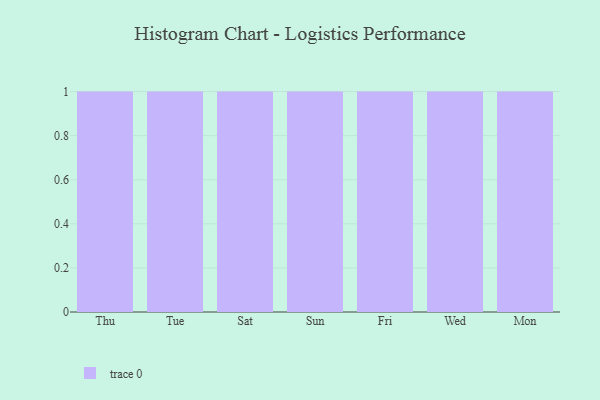
{"axis": {"x": "Day", "y": "Energy Usage (MWh)"}, "legend": [""], "data": [{"x": "Thu", "y": 69, "type": ""}, {"x": "Tue", "y": 59, "type": ""}, {"x": "Sat", "y": 63, "type": ""}, {"x": "Sun", "y": 40, "type": ""}, {"x": "Fri", "y": 50, "type": ""}, {"x": "Wed", "y": 25, "type": ""}, {"x": "Mon", "y": 73, "type": ""}]}